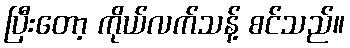
ပြီးတော့ ကိုယ်လက်သန့် စင်သည်။